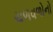
ચળવળોનો